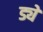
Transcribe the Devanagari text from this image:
ड्ये